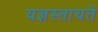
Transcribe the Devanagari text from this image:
यज्ञस्तायते